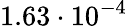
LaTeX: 1.63\cdot 10^{-4}